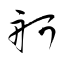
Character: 舸